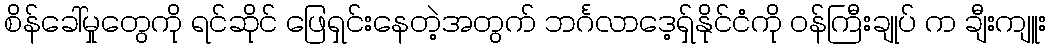
စိန်ခေါ်မှုတွေကို ရင်ဆိုင် ဖြေရှင်းနေတဲ့အတွက် ဘင်္ဂလာဒေ့ရှ်နိုင်ငံကို ဝန်ကြီးချုပ် က ချီးကျူး